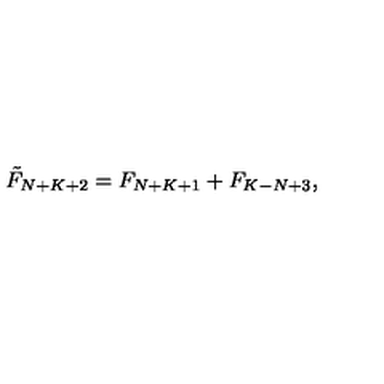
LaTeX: \tilde { F } _ { N + K + 2 } = F _ { N + K + 1 } + F _ { K - N + 3 } ,